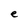
Character: e